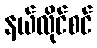
နယ်လိုင်စင်